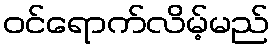
ဝင်ရောက်လိမ့်မည်